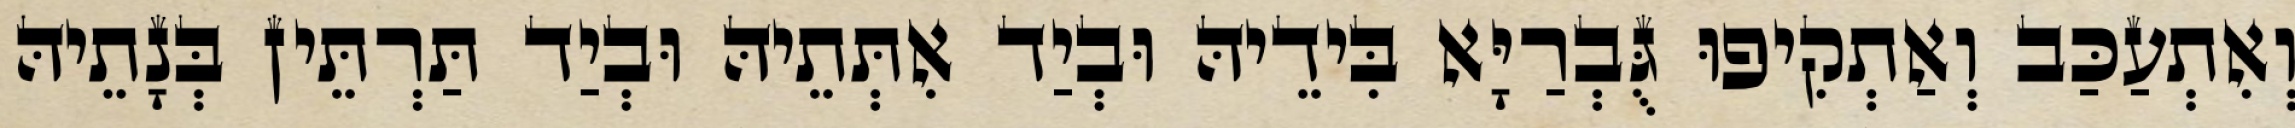
וְאִתְעַכַּב וְאַתְקִיפוּ גֻּבְרַיָּא בִּידֵיהּ וּבְיַד אִתְּתֵיהּ וּבְיַד תַּרְתֵּין בְּנָתֵיהּ